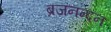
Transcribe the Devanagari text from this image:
ब्रजनन्दन